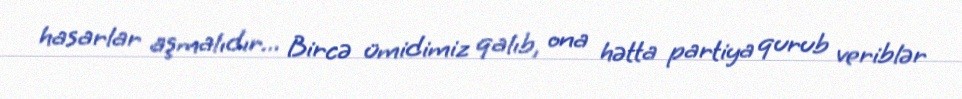
hasarlar aşmalıdır... Bircə ümidimiz qalıb, ona hətta partiya qurub veriblər